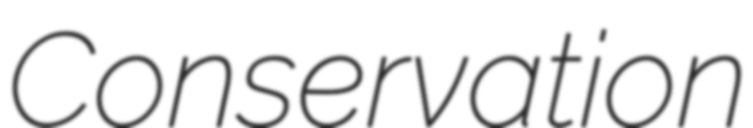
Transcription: Conservation